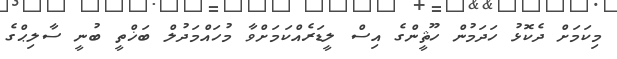
މިކަމަށް ދެކޮޅު ހަދަމުން ހޫޘީންގެ އިސް ލީޑަރެއްކަމަށްވާ މުހައްމަދުލް ބަޚްތީ ބުނީ ސާލިޙްގެ